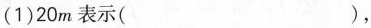
(1)20m表示()，